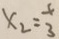
x _ { 2 } = \frac { 1 } { 3 }